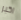
اكبر